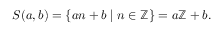
S ( a , b ) = \{ a n + b \mid n \in \mathbb { Z } \} = a \mathbb { Z } + b .